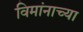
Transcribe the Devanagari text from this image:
विमांनाच्या